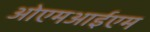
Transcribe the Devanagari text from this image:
ओएमआईएम